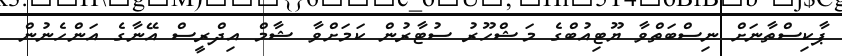
ޕާކިސްތާނަށް ނިސްބަތްވާ ޔޫޓިއުބްގެ މަޝްހޫރު ސުޓާރުން ކަމަށްވާ ޝާމް އިދްރީސް އޭނާގެ އަންހެނުން